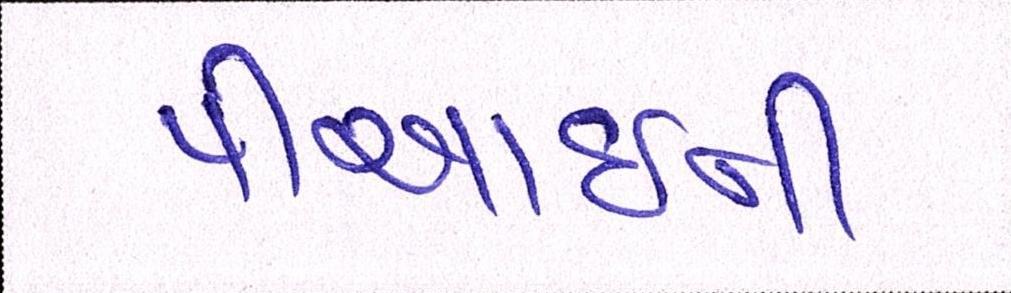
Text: પીઆઈની